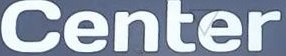
Center